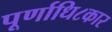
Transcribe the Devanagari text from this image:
पूर्णाधि८कार